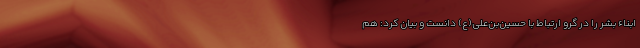
ابناء بشر را در گرو ارتباط با حسین‌بن‌علی(ع) دانست و بیان کرد: هم